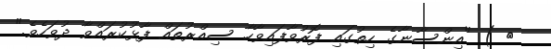
٩ ) "އިންސާނާގެ ހިތުގައި ފޮރުވާފައިވާހާ ސިއްރުތައް ފާޅުކުރައްވާ ދުވަހެވެ."